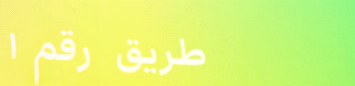
طريق رقم ١